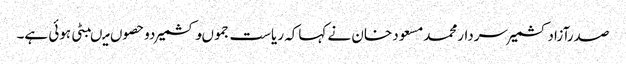
صدرآزادکشمیرسردارمحمدمسعود خان نے کہاکہ ریاست جموںوکشمیر دوحصوں میںبٹی ہوئی ہے۔